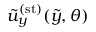
\tilde { u } _ { y } ^ { ( \mathrm { s t } ) } ( \tilde { y } , \theta )